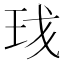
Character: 𬍗